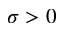
\sigma > 0